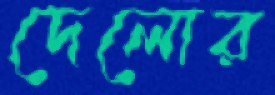
দেলোর